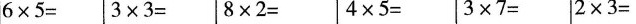
$$6 \times 5 = $$ $$3 \times 3 = $$ $$8 \times 2 = $$ $$4 \times 5 =$$ $$3 \times 7=$$ $$2 \times 3= $$